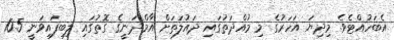
އެބަހުއްޓެވެ. މިދިޔަ އަހަރުގެ މި މުއްދަތުގައި ދައުލަތަށް އާމްދަނީގެ ގޮތުގައި ލިބިފައިވަނީ 10.5